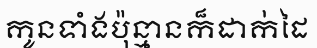
កូនទាំងប៉ុន្មានក៏ដាក់ដៃ